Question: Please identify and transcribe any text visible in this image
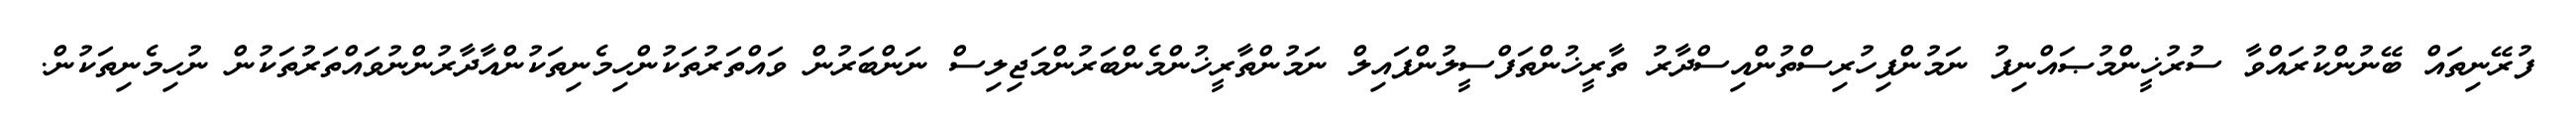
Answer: ފުރޭނިތައް ބޭނުންކުރައްވާ ސުރުޚީންމުޞައްނިފު ނަމުންފިހުރިސްތުންއިސްދާރު ތާރީޚުންތަފްސީލުންފައިލް ނަމުންތާރީޚުންމެންބަރުންމަޖިލިސް ނަންބަރުން ވައްތަރުތަކުންހިމެނިތަކުންއާދާރުންނުވައްތަރުތަކުން ނުހިމެނިތަކުން.